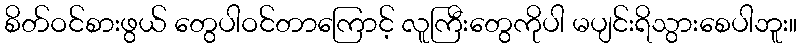
စိတ်ဝင်စားဖွယ် တွေပါဝင်တာကြောင့် လူကြီးတွေကိုပါ မပျင်းရိသွားစေပါဘူး။